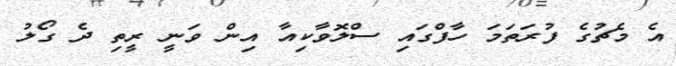
އެ މެޗުގެ ފުރަތަމަ ހާފްގައި ސްލޮވާކިއާ އިން ވަނީ ރީތި ދެ ގޯލު